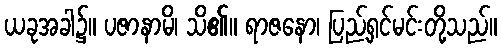
ယခုအခါ၌။ ပဇာနာမိ၊ သိ၏။ ရာဇနော၊ ပြည့်ရှင်မင်းတို့သည်။